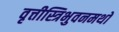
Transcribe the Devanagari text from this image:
वृत्तीस्त्रिभुवनमथो